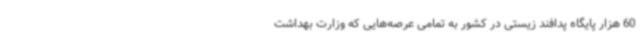
60 هزار پایگاه پدافند زیستی در کشور به تمامی عرصه‌هایی که وزارت بهداشت